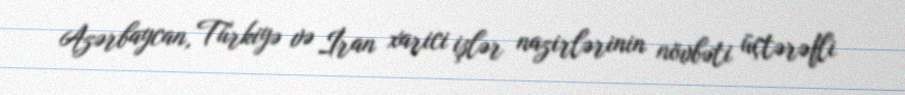
Azərbaycan, Türkiyə və İran xarici işlər nazirlərinin növbəti üçtərəfli